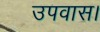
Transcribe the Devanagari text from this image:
उपवास।